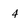
Character: 4